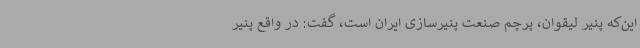
این‌که پنیر لیقوان، پرچم صنعت پنیرسازی ایران است، گفت: در واقع پنیر